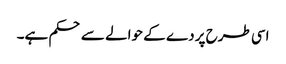
اسی طرح پردے کے حوالے سے حکم ہے۔